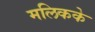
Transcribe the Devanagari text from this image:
मलिकके